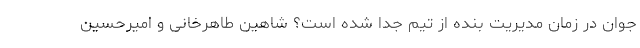
جوان در زمان مدیریت بنده از تیم جدا شده است؟ شاهین طاهرخانی و امیرحسین